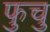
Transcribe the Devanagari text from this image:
फुचु